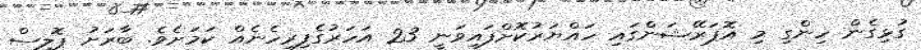
ގުޅިގެން ހިންގި މި އޮޕަރޭޝަންގައި ހައްޔަރުކޮށްފައިވަނީ 23 އަހަރުގެފިރިހެނެއް ކަމަށެވެ. ބާރަށު ޕޮލިސް